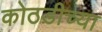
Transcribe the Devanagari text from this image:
कोठडीच्या